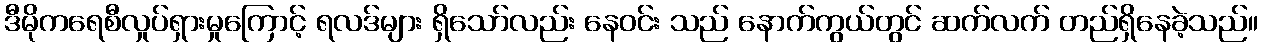
ဒီမိုကရေစီလှုပ်ရှားမှုကြောင့် ရလဒ်များ ရှိသော်လည်း နေဝင်း သည် နောက်ကွယ်တွင် ဆက်လက် တည်ရှိနေခဲ့သည်။